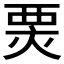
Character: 𤊆